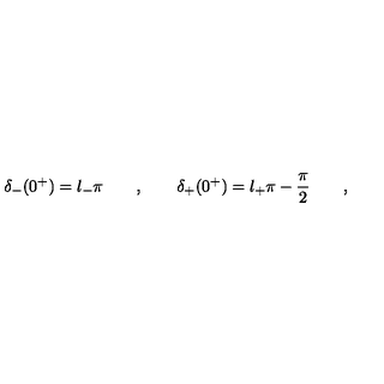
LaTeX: \delta _ { - } ( 0 ^ { + } ) = l _ { - } \pi \qquad , \qquad \delta _ { + } ( 0 ^ { + } ) = l _ { + } \pi - \frac { \pi } { 2 } \qquad ,